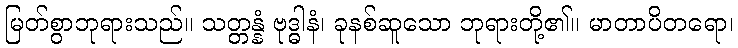
မြတ်စွာဘုရားသည်။ သတ္တန္နံ ဗုဒ္ဓါနံ၊ ခုနစ်ဆူသော ဘုရားတို့၏။ မာတာပိတရော၊